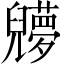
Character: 𠓔